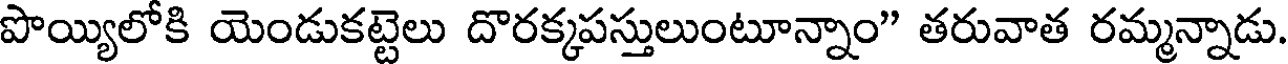
పొయ్యిలోకి యెండుకట్టెలు దొరక్కపస్తులుంటూన్నాం" తరువాత రమ్మన్నాడు.